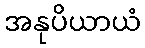
အနုပိယာယံ